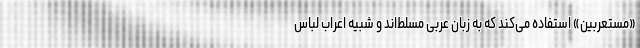
«مستعربین» استفاده می‌کند که به زبان عربی مسلط‌اند و شبیه اعراب لباس